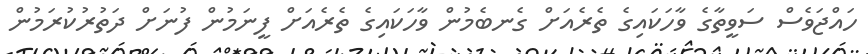
ހައްޖަވެސް ސަވީތާގެ ވާހަކައިގެ ތެރެއަށް ގެނބެމުން ވާހަކައިގެ ތެރެއަށް ފީނަމުން ފުނަށް ދަތުރުކުރަމުން